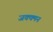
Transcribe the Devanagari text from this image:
जक्क्मन